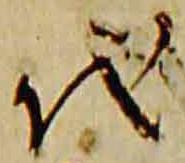
代